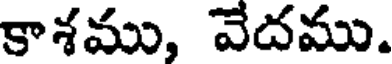
కాశము, వేదము.